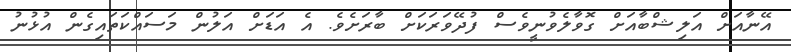
އޭނާއަށް އަލިޝްބާއަށް ގޮވާލެވުނީވެސް ފުދޭވަރަކަށް ބާރަށެވެ. އެ އަޑަށް އަލުން މަސައްކަތައިގެން އުޅުނު